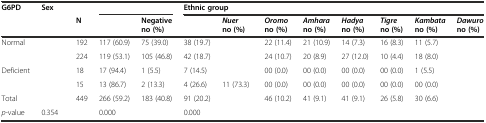
<table><thead><tr><td><b>G6PD</b></td><td><b>Sex</b></td><td>[EMPTY_CELL]</td><td colspan="2">[EMPTY_CELL]</td><td colspan="8"><b>Ethnic group</b></td></tr><tr><td>[EMPTY_CELL]</td><td>[EMPTY_CELL]</td><td><b>N</b></td><td>[EMPTY_CELL]</td><td><b>Negative no (%)</b></td><td>[EMPTY_CELL]</td><td><b><i>Nuer</i>no (%)</b></td><td><b><i>Oromo</i>no (%)</b></td><td><b><i>Amhara</i>no (%)</b></td><td><b><i>Hadya</i>no (%)</b></td><td><b><i>Tigre</i>no (%)</b></td><td><b><i>Kambata</i>no (%)</b></td><td><b><i>Dawuro</i>no (%)</b></td></tr></thead><tbody><tr><td>Normal</td><td>[EMPTY_CELL]</td><td>192</td><td>117 (60.9)</td><td>75 (39.0)</td><td>38 (19.7)</td><td>[EMPTY_CELL]</td><td>22 (11.4)</td><td>21 (10.9)</td><td>14 (7.3)</td><td>16 (8.3)</td><td>11 (5.7)</td><td>[EMPTY_CELL]</td></tr><tr><td>[EMPTY_CELL]</td><td>[EMPTY_CELL]</td><td>224</td><td>119 (53.1)</td><td>105 (46.8)</td><td>42 (18.7)</td><td>[EMPTY_CELL]</td><td>24 (10.7)</td><td>20 (8.9)</td><td>27 (12.0)</td><td>10 (4.4)</td><td>18 (8.0)</td><td>[EMPTY_CELL]</td></tr><tr><td>Deficient</td><td>[EMPTY_CELL]</td><td>18</td><td>17 (94.4)</td><td>1 (5.5)</td><td>7 (14.5)</td><td>[EMPTY_CELL]</td><td>00 (0.0)</td><td>00 (0.0)</td><td>00 (0.0)</td><td>00 (0.0)</td><td>1 (5.5)</td><td>[EMPTY_CELL]</td></tr><tr><td>[EMPTY_CELL]</td><td>[EMPTY_CELL]</td><td>15</td><td>13 (86.7)</td><td>2 (13.3)</td><td>4 (26.6)</td><td>11 (73.3)</td><td>00 (0.0)</td><td>00 (0.0)</td><td>00 (0.0)</td><td>00 (0.0)</td><td>00 (0.0)</td><td>[EMPTY_CELL]</td></tr><tr><td>Total</td><td>[EMPTY_CELL]</td><td>449</td><td>266 (59.2)</td><td>183 (40.8)</td><td>91 (20.2)</td><td>[EMPTY_CELL]</td><td>46 (10.2)</td><td>41 (9.1)</td><td>41 (9.1)</td><td>26 (5.8)</td><td>30 (6.6)</td><td>[EMPTY_CELL]</td></tr><tr><td><i>p</i>-value</td><td>0.354</td><td>[EMPTY_CELL]</td><td>0.000</td><td>[EMPTY_CELL]</td><td>0.000</td><td>[EMPTY_CELL]</td><td>[EMPTY_CELL]</td><td>[EMPTY_CELL]</td><td>[EMPTY_CELL]</td><td>[EMPTY_CELL]</td><td>[EMPTY_CELL]</td><td>[EMPTY_CELL]</td></tr></tbody></table>